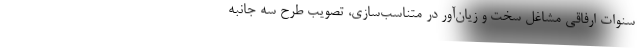
سنوات ارفاقی مشاغل سخت و زیان‌آور در متناسب‌سازی، تصویب طرح سه جانبه